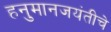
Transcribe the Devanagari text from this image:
हनुमानजयंतीचे